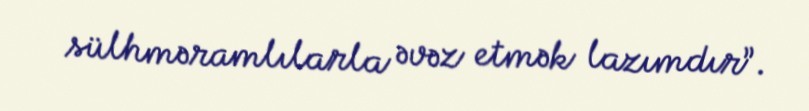
sülhməramlılarla əvəz etmək lazımdır”.